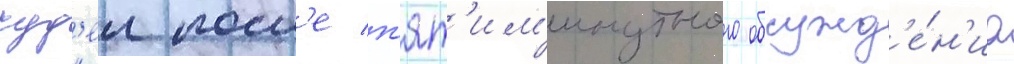
суд'еи посл'е п'ят'им'инутного обсужд'е́н'иа